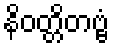
နိဝတ္တိတဗ္ဗံ